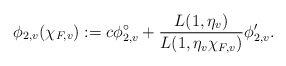
\begin{align*}\phi_{2,v}(\chi_{F,v}):=c\phi_{2,v}^{\circ}+{L(1, \eta_{v})\over L(1, \eta_{v}\chi_{F,v })} \phi_{2,v}'.\end{align*}